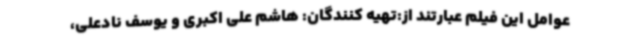
عوامل این فیلم عبارتند از:تهیه کنندگان: هاشم علی اکبری و یوسف نادعلی،